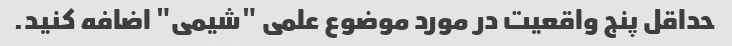
حداقل پنج واقعیت در مورد موضوع علمی "شیمی" اضافه کنید.